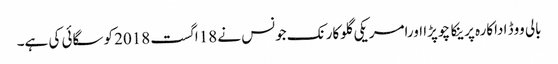
بالی ووڈ اداکارہ پرینکا چوپڑا اورامریکی گلوکارنک جونس نے 18اگست 2018 کوسگائی کی ہے۔